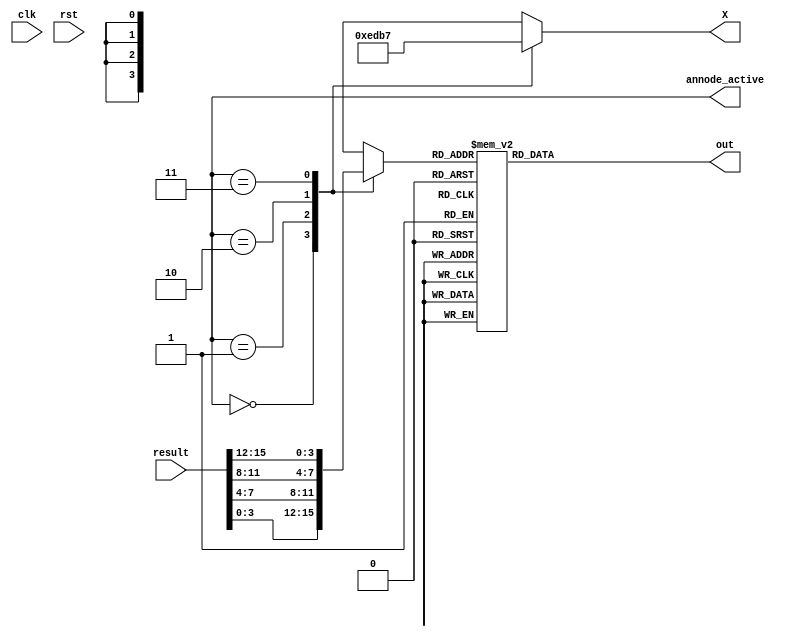
`timescale 1ns / 1ps
//////////////////////////////////////////////////////////////////////////////////
// Company: 
// Engineer: 
// 
// Design Name: 
// Module Name: seg
// Project Name: 
// Target Devices: 
// Tool Versions: 
// Description: 
// 
// Dependencies: 
// 
// Revision:
// Revision 0.01 - File Created
// Additional Comments:
// 
//////////////////////////////////////////////////////////////////////////////////


module seg(
input clk,
input rst,
input [15:0] result,
output reg [6:0] out,
output reg [3:0] X,
output [1:0] annode_active
);

reg [3:0] bcd_digit;
reg [3:0] bcd_digit2;
reg [3:0] bcd_digit3;
reg [3:0] bcd_digit4;

always@(result)
begin
bcd_digit <= result[3:0];
bcd_digit2 <= result[7:4];
bcd_digit3 <= result[11:8];
bcd_digit4 <= result[15:12];
end

/*
always@(result[3:0])bcd_digit <= result[3:0];
always@(result[7:4]) bcd_digit2 <= result[7:4];
always@(result[11:8]) bcd_digit3 <= result;
always@(result[15:12]) bcd_digit4 <= result;
*/
 
 reg [3:0] num;
always @ * begin
    case(annode_active)
        2'b00: begin
            X = 4'b1110;
            num = bcd_digit;
        end
        2'b01: begin
            X = 4'b1101;
            num = bcd_digit2;
        end
        2'b10:begin
            X = 4'b1011;
            num = bcd_digit3;
        end
        2'b11:begin
            X = 4'b0111;
            num = bcd_digit4;
        end
    endcase
end

always@(num)
begin
    case(num)
        1: out <= 7'b1001111;
        2: out <= 7'b0100100;
        3: out <= 7'b0110000;
        4: out <= 7'b0011001;
        5: out <= 7'b0010010;
        6: out <= 7'b0000010;
        7: out <= 7'b1111000;
        8: out <= 7'b0000000;
        9: out <= 7'b0010000;
        default: out <= 7'b1000000;
        endcase
        
end
    
endmodule